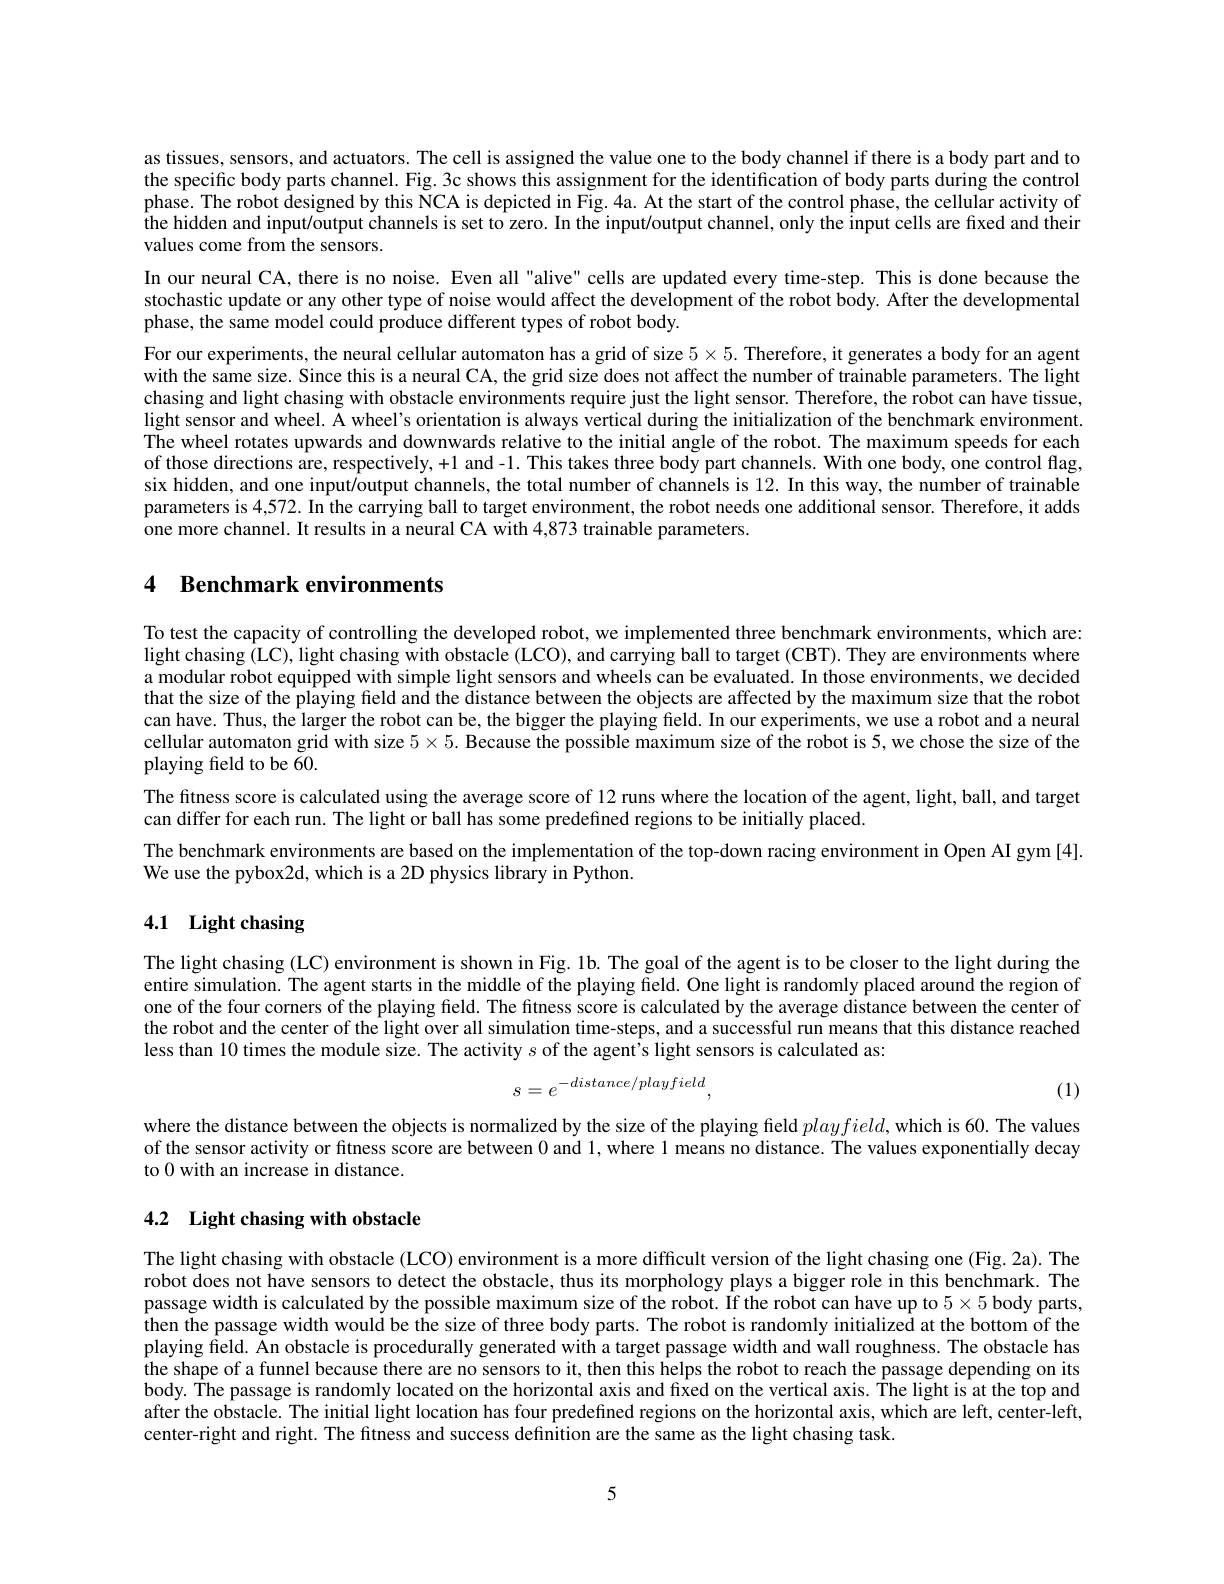
as tissues, sensors, and actuators. The cell is assigned the value one to the body channel if there is a body part and to the specific body parts channel. Fig. 3c shows this assignment for the identification of body parts during the control phase. The robot designed by this NCA is depicted in Fig. 4a. At the start of the control phase, the cellular activity of $\hat{\text{the hidden and input/output channels is set to zero. In the input/output channel, only the Înput cells are fixed and their}}$ values come from the sensors.
In our neural CA, there is no noise. Even all "alive" cells are updated every time-step. This is done because the stochastic update or any other type of noise would affect the development of the robot body. After the developmental phase, the same model could produce different types of robot body.
For our experiments, the neural cellular automaton has a grid of size $5\times5.$ Therefore, it generates a body for an agent with the same size. Since this is a neural CA, the grid size does not affect the number of trainable parameters. The light chasing and light chasing with obstacle environments require just the light sensor. Therefore, the robot can have tissue, light sensor and wheel. A wheel's orientation is always vertical during the initialization of the benchmark environment. The wheel rotates upwards and downwards relative to the initial angle of the robot. The maximum speeds for each of those directions are, respectively, +1 and -1. This takes three body part channels. With one body, one control flag, six hidden, and one input/output channels, the total number of channels is 12. In this way, the number of trainable parameters is 4,572. In the carrying ball to target environment, the robot needs one additional sensor. Therefore, it adds one more channel. It results in a neural CA with 4,873 trainable parameters.

## 4 Benchmark environments

To test the capacity of controlling the developed robot, we implemented three benchmark environments, which are: $\tilde{\text{light chasing (LC), light chasing with obstacle (LCO), and carrying ball to target (CBT). They are environments where}}$ a modular robot equipped with simple light sensors and wheels can be evaluated. In those environments, we decided that the size of the playing field and the distance between the objects are affected by the maximum size that the robot can have. Thus, the larger the robot can be, the bigger the playing field. In our experiments, we use a robot and a neural cellular automaton grid with size $5\times5.$ Because the possible maximum size of the robot is 5, we chose the size of the playing feld to be 60.
The fitness score is calculated using the average score of 12 runs where the location of the agent, light, ball, and target
can differ for each run. The light or ball has some predefined regions to be initially placed.
The benchmark environments are based on the implementation of the top-down racing environment in Open AI gym [4].
We use the pybox2d, which is a 2D physics library in Python.

## 4.1 Light chasing

The light chasing (LC) environment is shown in Fig. 1b. The goal of the agent is to be closer to the light during the entire simulation. The agent starts in the middle of the playing field. One light is randomly placed around the region of one of the four corners of the playing field. The fıtness score is calculated by the average distance between the center of the robot and the center of the light over all simulation time-steps, and a successful run means that this distance reached less than 10 times the module size. The activity $s$ of the agent's light sensors is calculated as:
$$s=e^{-distance/playfield},$$
(1)

where the distance between the objects is normalized by the size of the playing field $playfield$, which is 60. The values of the sensor activity or fitness score are between 0 and l, where l means no distance. The values exponentially decay to 0 with an increase in distance.

## 4.2 Light chasing with obstacle

The light chasing with obstacle (LCO) environment is a more difficult version of the light chasing one (Fig. 2a). The robot does not have sensors to detect the obstacle, thus its morphology plays a bigger role in this benchmark. The passage width is calculated by the possible maximum size of the robot. If the robot can have up to $5\times5$ body parts, then the passage width would be the size of three body parts. The robot is randomly initialized at the bottom of the playing field. An obstacle is procedurally generated with a target passage width and wall roughness. The obstacle has the shape of a funnel because there are no sensors to it, then this helps the robot to reach the passage depending on its body. Îhe passage is randomly located on the horizontal axis and fixed on the vertical axis. Îhe light is at the top and after the obstacle. The initial light location has four predefined regions on the horizontal axis, which are left, center-left, center-right and right. The fitness and success definition are the same as the light chasing task.

5